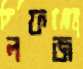
লফজ